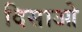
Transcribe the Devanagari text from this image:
दिसाओ